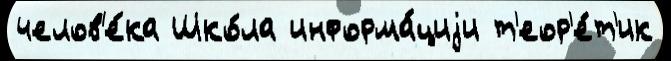
челов'е́ка Шко́ла информа́циjи т'еор'е́т'ик